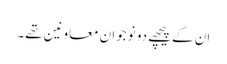
ان کے پیچھے دو نوجوان معاونین تھے۔